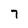
Character: 7